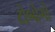
ટોબોગો